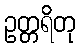
ဥတ္တရိတု